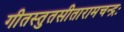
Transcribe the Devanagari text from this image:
गीतस्तुतसीतारामचन्द्रः